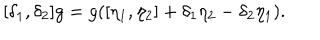
[ \delta _ { 1 } , \delta _ { 2 } ] g = g ( [ \eta _ { 1 } , \eta _ { 2 } ] + \delta _ { 1 } \eta _ { 2 } - \delta _ { 2 } \eta _ { 1 } ) .